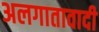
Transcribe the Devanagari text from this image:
अलगातावादी